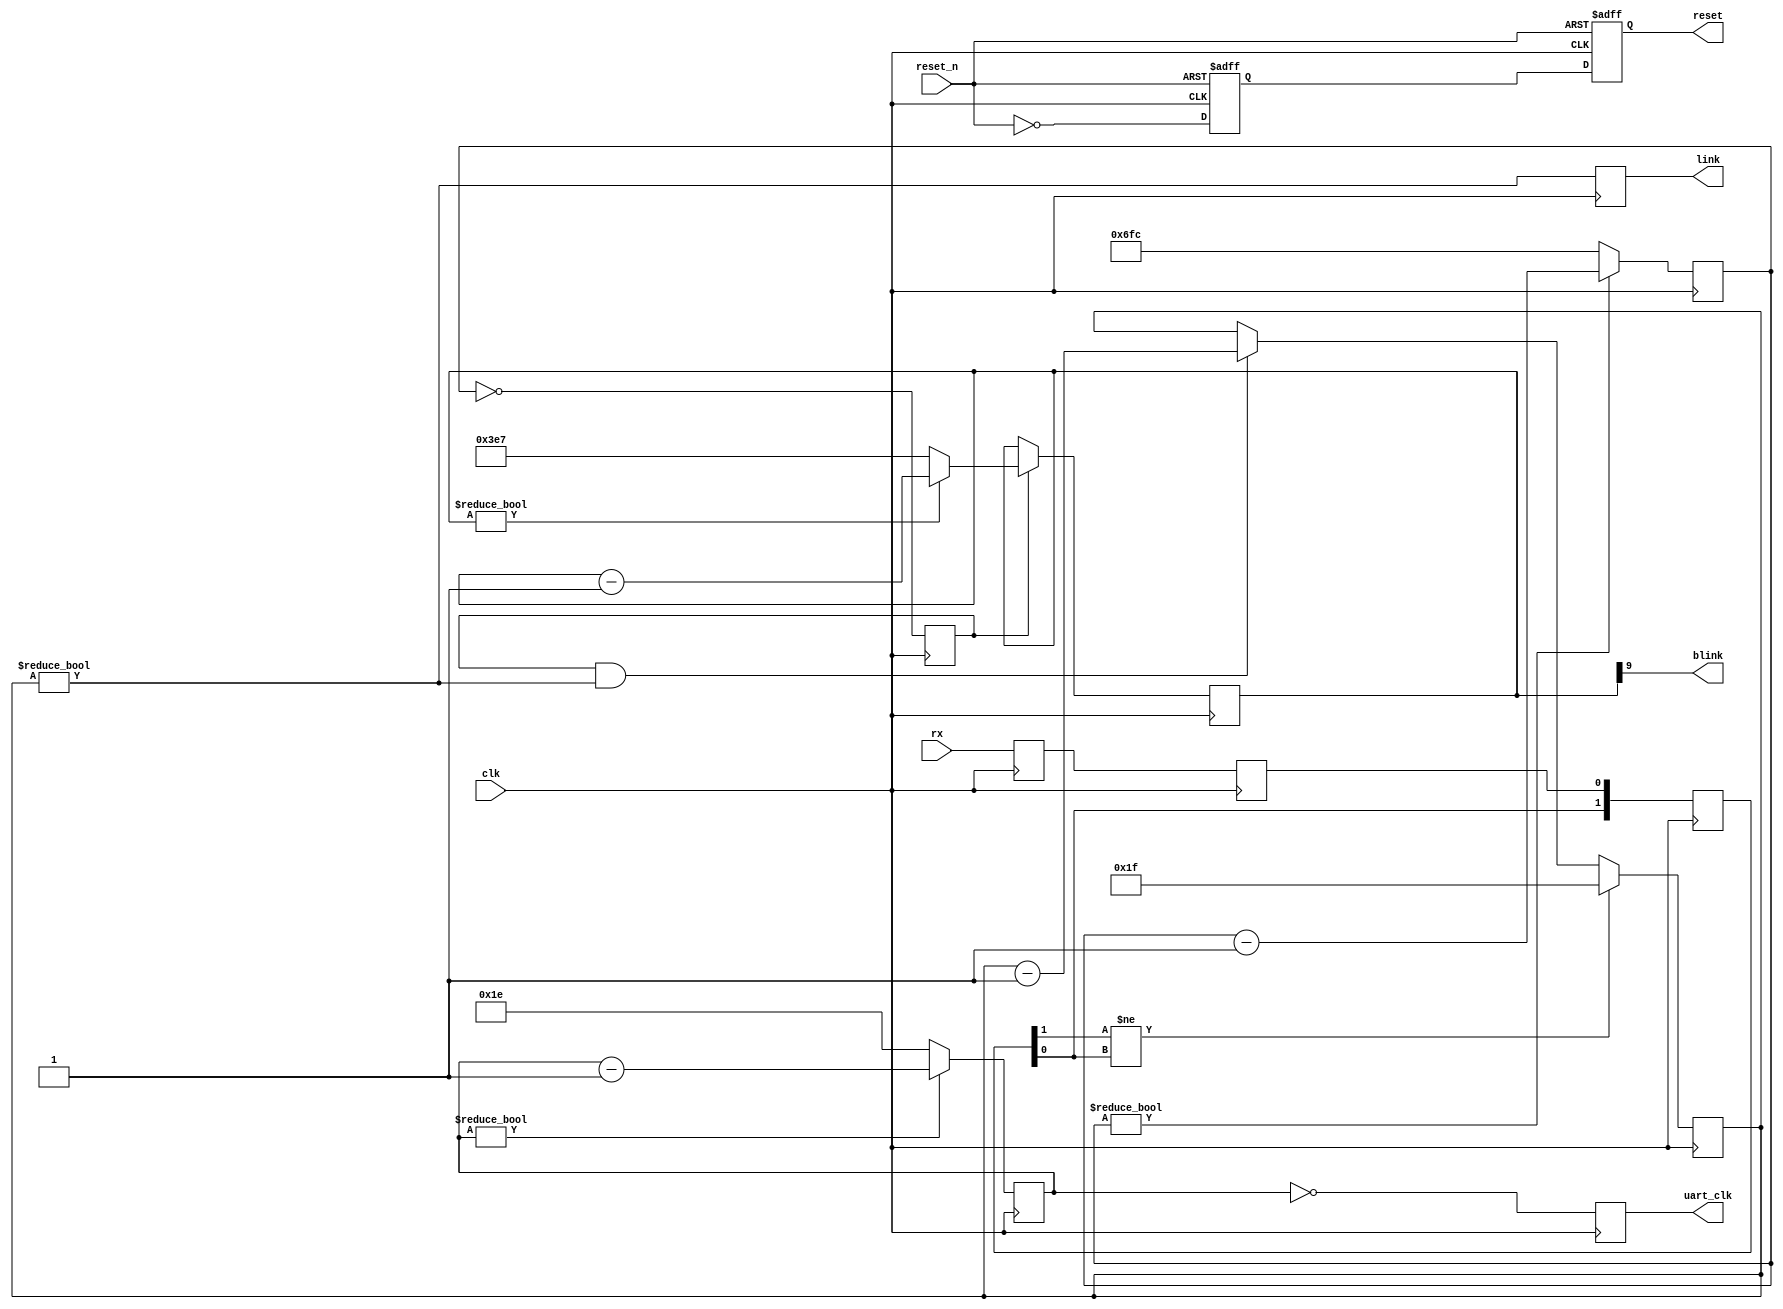
// Title:   System in indicator
// URL:     https://github.com/wallieeverest/tt04
// License: Apache 2.0
//
// Description:
//   Divides the system clock down to a communication clock and status indicators.

`default_nettype none

module system #(
  parameter CLKRATE  = 1_789_773,  // APU clock frequency
  parameter BAUDRATE = 9600        // serial data rate
)(
  input  wire clk,      // system clock
  input  wire reset_n,  // system reset
  input  wire rx,       // serial input data
  output reg  reset,    // synchronous reset
  output wire blink,    // 1 Hz
  output reg  link,     // serial activity
  output reg  uart_clk  // 6x baud rate, 57,600 Hz
);

  localparam UART_DIVISOR = (CLKRATE / BAUDRATE / 6);  // 31: 9600 baud => 57,600 Hz
  localparam KHZ_DIVISOR  = (CLKRATE / 1000);  // 1789: 1000 Hz

  reg reset_meta;
  reg event_1khz;
  reg rx_meta;
  reg sdi;
  reg [ 1:0] sdi_delay;
  reg [ 5:0] count_baud;
  reg [10:0] count_1khz;
  reg [ 9:0] count_1hz;
  reg [ 4:0] count_link;
  
  assign blink = count_1hz[9];  // toggle LED at 1 Hz

  always @( posedge clk, negedge reset_n ) begin : system_reset
    if ( reset_n == 0 ) begin
      reset      <= 1;
      reset_meta <= 1;
    end else begin
      reset      <= reset_meta;
      reset_meta <= !reset_n;
    end
  end

  always @( posedge clk ) begin : system_uart
    rx_meta      <= rx;       // capture asynchronous input
    sdi          <= rx_meta;  // align input to the system clock
    sdi_delay[0] <= sdi;      // asynchronous input
    sdi_delay[1] <= sdi_delay[0];
    link         <= ( count_link != 0 );  // show RX activity

    if ( count_baud != 0 )  // baud rate divisor
      count_baud <= count_baud-1;
    else
      count_baud <= UART_DIVISOR[5:0] - 1;

    uart_clk <= ( count_baud == 0 );

    if ( count_1khz != 0 )  // 1 kHz counter
      count_1khz <= count_1khz-1;
    else
      count_1khz <= KHZ_DIVISOR[10:0] - 1;

    event_1khz <= ( count_1khz == 0 );  // 1 kHz event

    if ( event_1khz ) begin  // 1 Hz counter
      if ( count_1hz != 0 )
        count_1hz <= count_1hz-1;
      else
        count_1hz <= 999;
    end

    if ( sdi_delay[1] != sdi_delay[0] )  // edge detect of RX
      count_link <= ~0;
    else if ( event_1khz && ( count_link != 0 ))  // LED persistence
      count_link <= count_link-1;
  end

endmodule